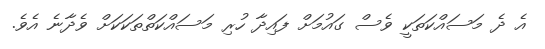
އެ ދެ މަސައްކަތަކީ ވެސް ގައުމަށް ފައިދާ ހުރި މަސައްކަތްތަކަކަށް ވެދާނެ އެވެ.